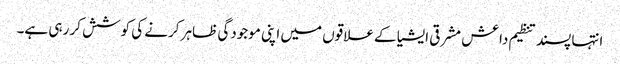
انتہا پسند تنظیم داعش مشرقی ایشیا کے علاقوں میں اپنی موجودگی ظاہر کرنے کی کوشش کر رہی ہے۔